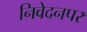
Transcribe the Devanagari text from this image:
निवेदनपर